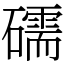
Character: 礝